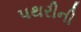
પથરીની